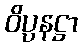
ဝိပ္ပနဋ္ဌာ